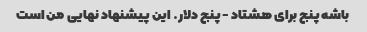
باشه پنج برای هشتاد - پنج دلار. این پیشنهاد نهایی من است